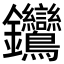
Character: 𨰽